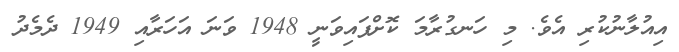
އިއުލާނުކުރި އެވެ. މި ހަނގުރާމަ ކޮށްފައިވަނީ 1948 ވަނަ އަހަރާއި 1949 ދެމެދު